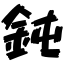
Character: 鈍